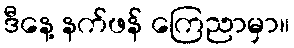
ဒီနေ့ နက်ဖန် ကြေညာမှာ။